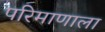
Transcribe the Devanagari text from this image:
परिमाणाला